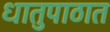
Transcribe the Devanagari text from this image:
धातुपाठात